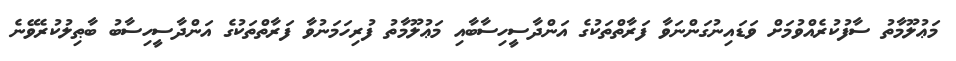
މަޢުލޫމާތު ސާފުކުރެއްވުމަށް ވަޑައިނުގަންނަވާ ފަރާތްތަކުގެ އަންދާސީހިސާބާއި މަޢުލޫމާތު ފުރިހަމަނުވާ ފަރާތްތަކުގެ އަންދާސީހިސާބު ބާޠިލުކުރެވޭނެ